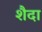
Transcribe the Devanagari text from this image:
शैदा